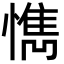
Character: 懏